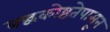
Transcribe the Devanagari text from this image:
बद्धकोष्ठतेपासून